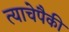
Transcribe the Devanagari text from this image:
त्याचेपैकी